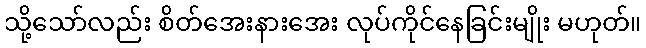
သို့သော်လည်း စိတ်အေးနားအေး လုပ်ကိုင်နေခြင်းမျိုး မဟုတ်။